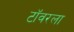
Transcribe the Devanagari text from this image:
टॉवरला